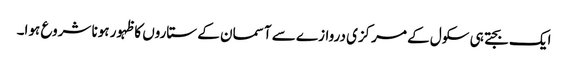
ایک بجتے ہی سکول کے مرکزی دروازے سے آسمان کے ستاروں کا ظہور ہونا شروع ہوا۔